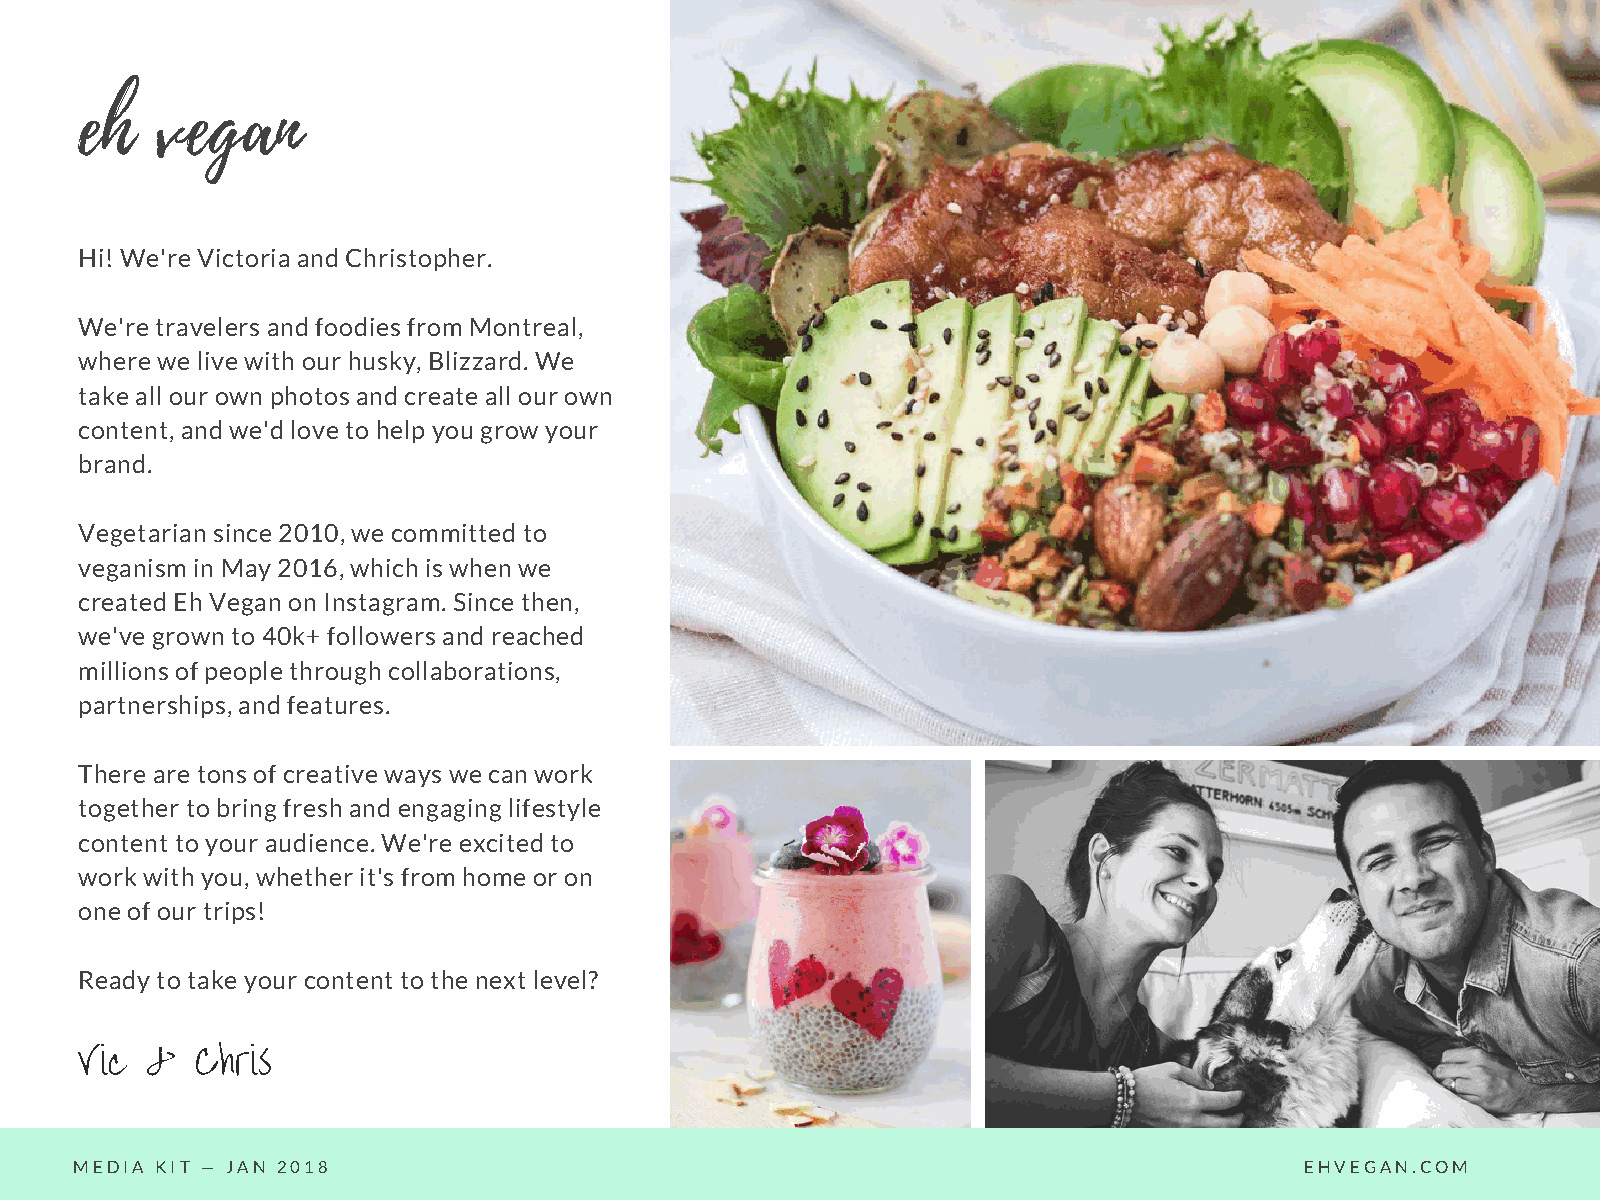
eh   vegan
 Hi! We're Victoria and Christopher.
 We're travelers and foodies from Montreal,
 where we live with our husky, Blizzard. We
 take all our own photos and create all our own
 content, and we'd love to help you grow your
 brand.
 Vegetarian since 2010, we committed to
 veganism in May 2016, which is when we
 created Eh Vegan on Instagram. Since then,
 we've grown to 40k+ followers and reached
 millions of people through collaborations,
 partnerships, and features.
 There are tons of creative ways we can work
 together to bring fresh and engaging lifestyle
 content to your audience. We're excited to
 work with you, whether it's from home or on
 one of our trips!
 Ready to take your content to the next level?
 Vic  &  Chris
 MEDIA KIT — JAN 2018                                                             EHVEGAN.COM